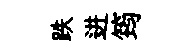
跌进筠